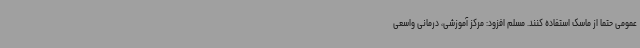
عمومی حتما از ماسک استفاده کنند. مسلم افزود: مرکز آموزشی، درمانی واسعی